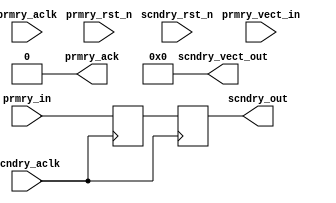
///////////////////////////////////////////////////////////////////////////////
// (c) Copyright 2013 Xilinx, Inc. All rights reserved.
//
// This file contains confidential and proprietary information
// of Xilinx, Inc. and is protected under U.S. and
// international copyright and other intellectual property
// laws.
//
// DISCLAIMER
// This disclaimer is not a license and does not grant any
// rights to the materials distributed herewith. Except as
// otherwise provided in a valid license issued to you by
// Xilinx, and to the maximum extent permitted by applicable
// law: (1) THESE MATERIALS ARE MADE AVAILABLE "AS IS" AND
// WITH ALL FAULTS, AND XILINX HEREBY DISCLAIMS ALL WARRANTIES
// AND CONDITIONS, EXPRESS, IMPLIED, OR STATUTORY, INCLUDING
// BUT NOT LIMITED TO WARRANTIES OF MERCHANTABILITY, NON-
// INFRINGEMENT, OR FITNESS FOR ANY PARTICULAR PURPOSE; and
// (2) Xilinx shall not be liable (whether in contract or tort,
// including negligence, or under any other theory of
// liability) for any loss or damage of any kind or nature
// related to, arising under or in connection with these
// materials, including for any direct, or any indirect,
// special, incidental, or consequential loss or damage
// (including loss of data, profits, goodwill, or any type of
// loss or damage suffered as a result of any action brought
// by a third party) even if such damage or loss was
// reasonably foreseeable or Xilinx had been advised of the
// possibility of the same.
//
// CRITICAL APPLICATIONS
// Xilinx products are not designed or intended to be fail-
// safe, or for use in any application requiring fail-safe
// performance, such as life-support or safety devices or
// systems, Class III medical devices, nuclear facilities,
// applications related to the deployment of airbags, or any
// other applications that could lead to death, personal
// injury, or severe property or environmental damage
// (individually and collectively, "Critical
// Applications"). Customer assumes the sole risk and
// liability of any use of Xilinx products in Critical
// Applications, subject only to applicable laws and
// regulations governing limitations on product liability.
//
// THIS COPYRIGHT NOTICE AND DISCLAIMER MUST BE RETAINED AS
// PART OF THIS FILE AT ALL TIMES.
//
//
////////////////////////////////////////////////////////////////////////////////
//Generic Help
//C_CDC_TYPE : Defines the type of CDC needed
//             0 means pulse synchronizer. Used to transfer one clock pulse 
//               from prmry domain to scndry domain.
//             1 means level synchronizer. Used to transfer level signal.
//             2 means level synchronizer with ack. Used to transfer level 
//               signal. Input signal should change only when prmry_ack is detected
//
//C_FLOP_INPUT : when set to 1 adds one flop stage to the input prmry_in signal
//               Set to 0 when incoming signal is purely floped signal.
//
//C_RESET_STATE : Generally sync flops need not have resets. However, in some cases
//                it might be needed.
//              0 means reset not needed for sync flops 
//              1 means reset needed for sync flops. i
//                In this case prmry_resetn should be in prmry clock, 
//                while scndry_reset should be in scndry clock.
//
//C_SINGLE_BIT : CDC should normally be done for single bit signals only. 
//               However, based on design buses can also be CDC'ed.
//               0 means it is a bus. In this case input be connected to prmry_vect_in.
//                 Output is on scndry_vect_out.
//               1 means it is a single bit. In this case input be connected to prmry_in. 
//                 Output is on scndry_out.
//
//C_VECTOR_WIDTH : defines the size of bus. This is irrelevant when C_SINGLE_BIT = 1
//
//C_MTBF_STAGES : Defines the number of sync stages needed. Allowed values are 0 to 6.
//                Value of 0, 1 is allowed only for level CDC.
//                Min value for Pulse CDC is 2
//
//Whenever this file is used following XDC constraint has to be added 

//         set_false_path -to [get_pins -hier *aurora_8b10b_113_2_cdc_to*/D]        


//IO Ports 
//
//        prmry_aclk      : clock of originating domain (source domain)
//        prmry_resetn    : sync reset of originating clock domain (source domain)
//        prmry_in        : input signal bit. This should be a pure flop output without 
//                          any combi logic. This is source. 
//        prmry_vect_in   : bus signal. From Source domain.
//        prmry_ack       : Ack signal, valid for one clock period, in prmry_aclk domain.
//                          Used only when C_CDC_TYPE = 2
//        scndry_aclk     : destination clock.
//        scndry_resetn   : sync reset of destination domain
//        scndry_out      : sync'ed output in destination domain. Single bit.
//        scndry_vect_out : sync'ed output in destination domain. bus.



`timescale 1ps / 1ps
(* DowngradeIPIdentifiedWarnings="yes" *)
module aurora_8b10b_113_2_cdc_sync
   # (
       parameter [1:0] c_cdc_type      = 1,   // 0 Pulse synchronizer, 1 level synchronizer 2 level synchronizer with ACK 
       parameter [0:0] c_flop_input    = 0,   // 1 Adds one flop stage to the input prmry_in signal
       parameter [0:0] c_reset_state   = 0,   // 1 Reset needed for sync flops 
       parameter [0:0] c_single_bit    = 1,   // 1 single bit input.
       parameter [5:0] c_vector_width  = 32,  // defines the size of bus and irrelevant when C_SINGLE_BIT = 1
       parameter [2:0] c_mtbf_stages   = 2    // Number of sync stages needed
     )  
     (
       input                           prmry_aclk,
       input                           prmry_rst_n,
       input                           prmry_in,
       input [(c_vector_width-1 ):0]   prmry_vect_in,
       input                           scndry_aclk,
       input                           scndry_rst_n,
       output                          prmry_ack,
       output                          scndry_out,
       output [(c_vector_width-1 ):0]  scndry_vect_out
      );

  
    // Internal signal declarations
    wire s_out_re;
    reg p_in_d1_cdc_from = 1'b0;
    (* ASYNC_REG = "true" *) (* shift_extract = "{no}" *) reg s_out_d1_aurora_8b10b_113_2_cdc_to = 1'b0;
    (* ASYNC_REG = "true" *) (* shift_extract = "{no}" *) reg s_out_d2 = 1'b0;
    (* ASYNC_REG = "true" *) (* shift_extract = "{no}" *) reg s_out_d3 = 1'b0;
    (* ASYNC_REG = "true" *) (* shift_extract = "{no}" *) reg s_out_d4 = 1'b0;
    (* ASYNC_REG = "true" *) (* shift_extract = "{no}" *) reg s_out_d5 = 1'b0;
    (* ASYNC_REG = "true" *) (* shift_extract = "{no}" *) reg s_out_d6 = 1'b0;
    (* ASYNC_REG = "true" *) (* shift_extract = "{no}" *) reg s_out_d7 = 1'b0;
    reg scndry_out_int_d1 = 1'b0;

    (* ASYNC_REG = "true" *) (* shift_extract = "{no}" *) reg s_level_out_d1_aurora_8b10b_113_2_cdc_to = 1'b0;
    (* ASYNC_REG = "true" *) (* shift_extract = "{no}" *) reg s_level_out_d2 = 1'b0;
    (* ASYNC_REG = "true" *) (* shift_extract = "{no}" *) reg s_level_out_d3 = 1'b0;
    (* ASYNC_REG = "true" *) (* shift_extract = "{no}" *) reg s_level_out_d4 = 1'b0;
    (* ASYNC_REG = "true" *) (* shift_extract = "{no}" *) reg s_level_out_d5 = 1'b0;
    (* ASYNC_REG = "true" *) (* shift_extract = "{no}" *) reg s_level_out_d6 = 1'b0;

    (* KEEP = "TRUE" *) reg p_level_in_d1_cdc_from = 1'b0;
    wire p_level_in_int;

    wire [( c_vector_width - 1 ):0]p_level_in_bus_d1_cdc_from;
    wire [( c_vector_width - 1 ):0]s_level_out_bus_d1_cdc_tig;
    (* ASYNC_REG = "true" *) (* shift_extract = "{no}" *) reg [( c_vector_width - 1 ):0] s_level_out_bus_d1_aurora_8b10b_113_2_cdc_to = 'b0;
    (* ASYNC_REG = "true" *) (* shift_extract = "{no}" *) reg [( c_vector_width - 1 ):0] s_level_out_bus_d2 = 'b0;
    (* ASYNC_REG = "true" *) (* shift_extract = "{no}" *) reg [( c_vector_width - 1 ):0] s_level_out_bus_d3 = 'b0;
    (* ASYNC_REG = "true" *) (* shift_extract = "{no}" *) reg [( c_vector_width - 1 ):0] s_level_out_bus_d4 = 'b0;
    (* ASYNC_REG = "true" *) (* shift_extract = "{no}" *) reg [( c_vector_width - 1 ):0] s_level_out_bus_d5 = 'b0;
    (* ASYNC_REG = "true" *) (* shift_extract = "{no}" *) reg [( c_vector_width - 1 ):0] s_level_out_bus_d6 = 'b0;


    wire scndry_out_int;
    wire prmry_pulse_ack;
    reg prmry_ack_int = 1'b0;
    reg p_level_out_d1_aurora_8b10b_113_2_cdc_to = 1'b0;
    reg p_level_out_d2 = 1'b0;
    reg p_level_out_d3 = 1'b0;
    reg p_level_out_d4 = 1'b0;
    reg p_level_out_d5 = 1'b0;
    reg p_level_out_d6 = 1'b0;
    reg p_level_out_d7 = 1'b0;


// Pulse synchronizer Logic
generate if (c_cdc_type == 0) begin 

    always @ (  posedge prmry_aclk)
    begin : REG_P_IN
            if ( ( prmry_rst_n == 1'b0 ) & ( c_reset_state == 1 ) ) 
            begin
                p_in_d1_cdc_from <= 1'b0;
            end
            else
            begin 
                p_in_d1_cdc_from <= prmry_in ^ p_in_d1_cdc_from;
            end
    end

    always @ (  posedge scndry_aclk)
    begin : P_IN_CROSS2SCNDRY
            if ( ( scndry_rst_n == 1'b0 ) & ( c_reset_state == 1 ) ) 
            begin
                s_out_d1_aurora_8b10b_113_2_cdc_to <= 1'b0;
                s_out_d2 <= 1'b0;
                s_out_d3 <= 1'b0;
                s_out_d4 <= 1'b0;
                s_out_d5 <= 1'b0;
                s_out_d6 <= 1'b0;
                s_out_d7 <= 1'b0;
                scndry_out_int_d1 <= 1'b0;
            end
            else
            begin 
                s_out_d1_aurora_8b10b_113_2_cdc_to <= p_in_d1_cdc_from;
                s_out_d2 <= s_out_d1_aurora_8b10b_113_2_cdc_to;
                s_out_d3 <= s_out_d2;
                s_out_d4 <= s_out_d3;
                s_out_d5 <= s_out_d4;
                s_out_d6 <= s_out_d5;
                s_out_d7 <= s_out_d6;
                scndry_out_int_d1 <= s_out_re;
            end
    end
    assign scndry_out = scndry_out_int_d1;
    assign prmry_ack = 1'b0; 
    assign scndry_vect_out = 0;
end
endgenerate


generate if (c_mtbf_stages == 2 & c_cdc_type == 0) begin

    assign s_out_re = ( s_out_d2 ^ s_out_d3 );

end
endgenerate

generate if (c_mtbf_stages == 3 & c_cdc_type == 0) begin

    assign s_out_re = ( s_out_d3 ^ s_out_d4 );

end
endgenerate

generate if (c_mtbf_stages == 4 & c_cdc_type == 0) begin

    assign s_out_re = ( s_out_d4 ^ s_out_d5 );

end
endgenerate

generate if (c_mtbf_stages == 5 & c_cdc_type == 0) begin

    assign s_out_re = ( s_out_d5 ^ s_out_d6 );

end
endgenerate

generate if (c_mtbf_stages == 6 & c_cdc_type == 0) begin

    assign s_out_re = ( s_out_d6 ^ s_out_d7 );

end
endgenerate


//Level Synchronizer Logic with out ACK

generate if (c_flop_input == 1 & c_cdc_type == 1 & c_single_bit == 1) begin

    always @ (  posedge prmry_aclk)
    begin : FLOP_IN
            if ( ( prmry_rst_n == 1'b0 ) & ( c_reset_state == 1 ) ) 
            begin
                p_level_in_d1_cdc_from <= 1'b0;
            end
            else
            begin 
                p_level_in_d1_cdc_from <= prmry_in;
            end
    end

   assign p_level_in_int = p_level_in_d1_cdc_from;

end
endgenerate


generate if (c_flop_input == 0 & c_cdc_type == 1 & c_single_bit == 1) begin


   assign p_level_in_int = prmry_in;

end
endgenerate


//generate if (c_cdc_type == 1) begin 
generate if (c_single_bit == 1 & c_cdc_type == 1) begin

    assign prmry_ack = 1'b0; 
    assign scndry_vect_out = 0;

    always @ (  posedge scndry_aclk)
    begin : CROSS_PLEVEL_IN2SCNDRY
            if ( ( scndry_rst_n == 1'b0 ) & ( c_reset_state == 1 ) ) 
            begin
                s_level_out_d1_aurora_8b10b_113_2_cdc_to <= 1'b0;
                s_level_out_d2 <= 1'b0;
                s_level_out_d3 <= 1'b0;
                s_level_out_d4 <= 1'b0;
                s_level_out_d5 <= 1'b0;
                s_level_out_d6 <= 1'b0;
            end
            else
            begin 
                s_level_out_d1_aurora_8b10b_113_2_cdc_to <= p_level_in_int;
                s_level_out_d2 <= s_level_out_d1_aurora_8b10b_113_2_cdc_to;
                s_level_out_d3 <= s_level_out_d2;
                s_level_out_d4 <= s_level_out_d3;
                s_level_out_d5 <= s_level_out_d4;
                s_level_out_d6 <= s_level_out_d5;
            end
    end
end
endgenerate


generate if (c_mtbf_stages == 1 & c_cdc_type == 1 & c_single_bit == 1) begin

    assign scndry_out = s_level_out_d1_aurora_8b10b_113_2_cdc_to;
end
endgenerate

generate if (c_mtbf_stages == 2 & c_cdc_type == 1 & c_single_bit == 1) begin

    assign scndry_out = s_level_out_d2;
end
endgenerate

generate if (c_mtbf_stages == 3 & c_cdc_type == 1 & c_single_bit == 1) begin

    assign scndry_out = s_level_out_d3;
end
endgenerate

generate if (c_mtbf_stages == 4 & c_cdc_type == 1 & c_single_bit == 1) begin

    assign scndry_out = s_level_out_d4;
end
endgenerate

generate if (c_mtbf_stages == 5 & c_cdc_type == 1 & c_single_bit == 1) begin

    assign scndry_out = s_level_out_d5;
end
endgenerate

generate if (c_mtbf_stages == 6 & c_cdc_type == 1 & c_single_bit == 1) begin

    assign scndry_out = s_level_out_d6;
end
endgenerate

generate if (c_single_bit == 0 & c_cdc_type == 1) begin

    assign prmry_ack = 1'b0; 
    assign scndry_out = 1'b0;

    always @ (  posedge scndry_aclk)
    begin : CROSS_PLEVEL_IN2SCNDRY
            if ( ( scndry_rst_n == 1'b0 ) & ( c_reset_state == 1 ) ) 
            begin
                s_level_out_bus_d1_aurora_8b10b_113_2_cdc_to <= 0;
                s_level_out_bus_d2 <= 0 ;
                s_level_out_bus_d3 <= 0 ;
                s_level_out_bus_d4 <= 0 ;
                s_level_out_bus_d5 <= 0 ;
                s_level_out_bus_d6 <= 0 ;
            end
            else
            begin 
                s_level_out_bus_d1_aurora_8b10b_113_2_cdc_to <= prmry_vect_in;
                s_level_out_bus_d2 <= s_level_out_bus_d1_aurora_8b10b_113_2_cdc_to;
                s_level_out_bus_d3 <= s_level_out_bus_d2;
                s_level_out_bus_d4 <= s_level_out_bus_d3;
                s_level_out_bus_d5 <= s_level_out_bus_d4;
                s_level_out_bus_d6 <= s_level_out_bus_d5;
            end
    end

end
endgenerate

generate if (c_mtbf_stages == 1 & c_single_bit == 0 & c_cdc_type == 1) begin

    assign scndry_vect_out = s_level_out_bus_d1_aurora_8b10b_113_2_cdc_to;
end
endgenerate

generate if (c_mtbf_stages == 2 & c_single_bit == 0 & c_cdc_type == 1) begin

    assign scndry_vect_out = s_level_out_bus_d2;
end
endgenerate

generate if (c_mtbf_stages == 3 & c_single_bit == 0 & c_cdc_type == 1) begin

    assign scndry_vect_out = s_level_out_bus_d3;
end
endgenerate

generate if (c_mtbf_stages == 4 & c_single_bit == 0 & c_cdc_type == 1) begin

    assign scndry_vect_out = s_level_out_bus_d4;
end
endgenerate

generate if (c_mtbf_stages == 5 & c_single_bit == 0 & c_cdc_type == 1) begin

    assign scndry_vect_out = s_level_out_bus_d5;
end
endgenerate

generate if (c_mtbf_stages == 6 & c_single_bit == 0 & c_cdc_type == 1) begin

    assign scndry_vect_out = s_level_out_bus_d6;
end
endgenerate


//Level synchronizer logic with ACK
generate if (c_flop_input == 1 & c_cdc_type == 2) begin

    always @ (  posedge prmry_aclk)
    begin : FLOP_IN
            if ( ( prmry_rst_n == 1'b0 ) & ( c_reset_state == 1 ) ) 
            begin
                p_level_in_d1_cdc_from <= 1'b0;
            end
            else
            begin 
                p_level_in_d1_cdc_from <= prmry_in;
            end
    end

   assign p_level_in_int = p_level_in_d1_cdc_from;

end
endgenerate


generate if (c_flop_input == 0 & c_cdc_type == 2) begin

   assign p_level_in_int = prmry_in;

end
endgenerate

generate if (c_cdc_type == 2) begin
    always @ (  posedge scndry_aclk)
    begin : CROSS_PLEVEL_IN2SCNDRY
            if ( ( scndry_rst_n == 1'b0 ) & ( c_reset_state == 1 ) ) 
            begin
                s_level_out_d1_aurora_8b10b_113_2_cdc_to <= 1'b0;
                s_level_out_d2 <= 1'b0;
                s_level_out_d3 <= 1'b0;
                s_level_out_d4 <= 1'b0;
                s_level_out_d5 <= 1'b0;
                s_level_out_d6 <= 1'b0;
            end
            else
            begin 
                s_level_out_d1_aurora_8b10b_113_2_cdc_to <= p_level_in_int;
                s_level_out_d2 <= s_level_out_d1_aurora_8b10b_113_2_cdc_to;
                s_level_out_d3 <= s_level_out_d2;
                s_level_out_d4 <= s_level_out_d3;
                s_level_out_d5 <= s_level_out_d4;
                s_level_out_d6 <= s_level_out_d5;
            end
    end

    always @ (  posedge prmry_aclk)
    begin : CROSS_PLEVEL_SCNDRY2PRMRY
            if ( ( prmry_rst_n == 1'b0 ) & ( c_reset_state == 1 ) ) 
            begin
                p_level_out_d1_aurora_8b10b_113_2_cdc_to <= 1'b0;
                p_level_out_d2 <= 1'b0;
                p_level_out_d3 <= 1'b0;
                p_level_out_d4 <= 1'b0;
                p_level_out_d5 <= 1'b0;
                p_level_out_d6 <= 1'b0;
                p_level_out_d7 <= 1'b0;
                prmry_ack_int <= 1'b0;
            end
            else
            begin 
                p_level_out_d1_aurora_8b10b_113_2_cdc_to <= scndry_out_int;
                p_level_out_d2 <= p_level_out_d1_aurora_8b10b_113_2_cdc_to;
                p_level_out_d3 <= p_level_out_d2;
                p_level_out_d4 <= p_level_out_d3;
                p_level_out_d5 <= p_level_out_d4;
                p_level_out_d6 <= p_level_out_d5;
                p_level_out_d7 <= p_level_out_d6;
                prmry_ack_int <= prmry_pulse_ack;
            end
    end
    assign prmry_ack = prmry_ack_int;
    assign scndry_out = scndry_out_int;
    assign scndry_vect_out = 0;
end
endgenerate

  generate if ((c_mtbf_stages == 2 || c_mtbf_stages == 1) & c_cdc_type == 2) begin
  
      assign scndry_out_int = s_level_out_d2;
      assign prmry_pulse_ack = ( p_level_out_d3 ^ p_level_out_d2 );
  end
  endgenerate
  
  generate if (c_mtbf_stages == 3 & c_cdc_type == 2) begin
  
      assign scndry_out_int = s_level_out_d3;
      assign prmry_pulse_ack = ( p_level_out_d4 ^ p_level_out_d3 );
  end
  endgenerate
  
  generate if (c_mtbf_stages == 4 & c_cdc_type == 2) begin
  
      assign scndry_out_int = s_level_out_d4;
      assign prmry_pulse_ack = ( p_level_out_d5 ^ p_level_out_d4 );
  end
  endgenerate
  
  generate if (c_mtbf_stages == 5 & c_cdc_type == 2) begin
  
      assign scndry_out_int = s_level_out_d5;
      assign prmry_pulse_ack = ( p_level_out_d6 ^ p_level_out_d5 );
  end
  endgenerate
  
  generate if (c_mtbf_stages == 6 & c_cdc_type == 2) begin
  
      assign scndry_out_int = s_level_out_d6;
      assign prmry_pulse_ack = ( p_level_out_d7 ^ p_level_out_d6 );
  end
  endgenerate

endmodule